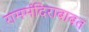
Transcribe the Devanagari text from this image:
राममंदिराबाबत